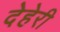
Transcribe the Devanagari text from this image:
देहेरी